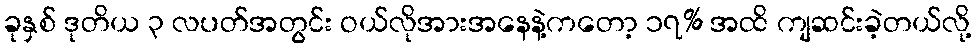
ခုနှစ် ဒုတိယ ၃ လပတ်အတွင်း ဝယ်လိုအားအနေနဲ့ကတော့ ၁၇% အထိ ကျဆင်းခဲ့တယ်လို့